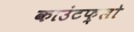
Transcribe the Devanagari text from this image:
काउंटफ़्लो